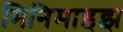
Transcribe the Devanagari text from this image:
मिनिमाइझ